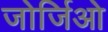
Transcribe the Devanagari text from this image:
जोर्जिओ